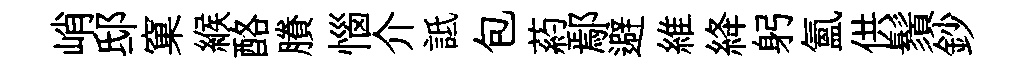
峭邸窠緱酪賸惱介詆包葯鄢避維絳躬氳供鬚鈔